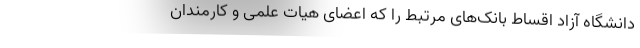
دانشگاه آزاد اقساط بانک‌های مرتبط را که اعضای هیات علمی و کارمندان